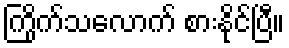
ကြိုက်သလောက် စားနိုင်ပြီ။